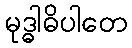
မုဒ္ဓါဓိပါတေ